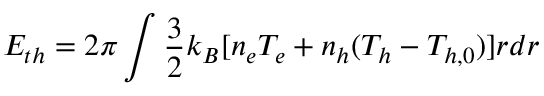
E _ { t h } = 2 \pi \int \frac { 3 } { 2 } k _ { B } [ n _ { e } T _ { e } + n _ { h } ( T _ { h } - T _ { h , 0 } ) ] r d r